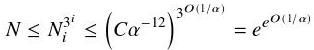
$N \leq N_{i}^{3 i} \leq\left(C \alpha^{-12}\right)^{3^{O(1 / \alpha)}}=e^{e^{O(1 / \alpha)}}$